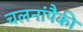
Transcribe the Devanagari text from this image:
चलनांपैकी